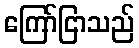
ကြော်ငြာသည်